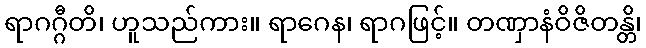
ရာဂဂ္ဂီတိ၊ ဟူသည်ကား။ ရာဂေန၊ ရာဂဖြင့်။ တဏှာနံဝိဇိတန္တိ၊